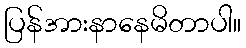
ပြန်အားနာနေမိတာပါ။